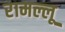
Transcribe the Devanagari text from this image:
रामल्लू